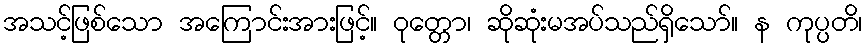
အသင့်ဖြစ်သော အကြောင်းအားဖြင့်။ ဝုတ္တော၊ ဆိုဆုံးမအပ်သည်ရှိသော်။ န ကုပ္ပတိ၊